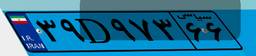
۹۵D۱۹۴۰۸